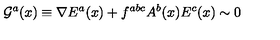
{ \cal G } ^ { a } ( x ) \equiv \nabla E ^ { a } ( x ) + f ^ { a b c } A ^ { b } ( x ) E ^ { c } ( x ) \sim 0